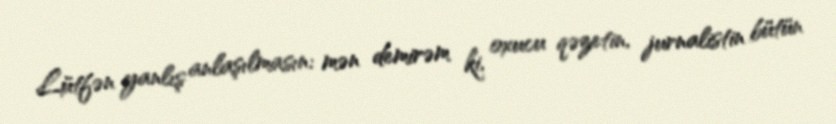
Lütfən yanlış anlaşılmasın: mən demirəm ki, oxucu qəzetin, jurnalistin bütün